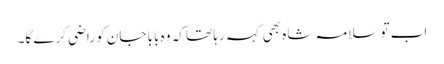
اب تو سلامہ شاہ بھی کہہ رہا تھا کہ وہ بابا جان کو راضی کرے گا۔